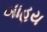
બાહય